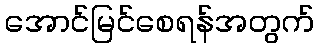
အောင်မြင်စေရန်အတွက်